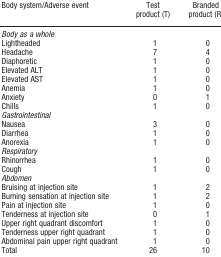
<table><thead><tr><td><b>Body system/Adverse event</b></td><td><b>Test product (T)</b></td><td><b>Branded product (R)</b></td></tr></thead><tbody><tr><td><i>Body as a whole</i></td><td></td><td></td></tr><tr><td>Lightheaded</td><td>1</td><td>0</td></tr><tr><td>Headache</td><td>7</td><td>4</td></tr><tr><td>Diaphoretic</td><td>1</td><td>0</td></tr><tr><td>Elevated ALT</td><td>1</td><td>0</td></tr><tr><td>Elevated AST</td><td>1</td><td>0</td></tr><tr><td>Anemia</td><td>1</td><td>0</td></tr><tr><td>Anxiety</td><td>0</td><td>1</td></tr><tr><td>Chills</td><td>1</td><td>0</td></tr><tr><td><i>Gastrointestinal</i></td><td></td><td></td></tr><tr><td>Nausea</td><td>3</td><td>0</td></tr><tr><td>Diarrhea</td><td>1</td><td>0</td></tr><tr><td>Anorexia</td><td>1</td><td>0</td></tr><tr><td><i>Respiratory</i></td><td></td><td></td></tr><tr><td>Rhinorrhea</td><td>1</td><td>0</td></tr><tr><td>Cough</td><td>1</td><td>0</td></tr><tr><td><i>Abdomen</i></td><td></td><td></td></tr><tr><td>Bruising at injection site</td><td>1</td><td>2</td></tr><tr><td>Burning sensation at injection site</td><td>1</td><td>2</td></tr><tr><td>Pain at injection site</td><td>1</td><td>0</td></tr><tr><td>Tenderness at injection site</td><td>0</td><td>1</td></tr><tr><td>Upper right quadrant discomfort</td><td>1</td><td>0</td></tr><tr><td>Tenderness upper right quadrant</td><td>1</td><td>0</td></tr><tr><td>Abdominal pain upper right quadrant</td><td>1</td><td>0</td></tr><tr><td>Total</td><td>26</td><td>10</td></tr></tbody></table>